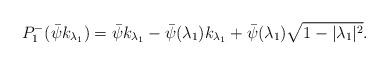
LaTeX: \begin{align*}P^{-}_{1}(\bar{\psi}k_{{\lambda}_{1}})=\bar{\psi}k_{{\lambda}_{1}}-\bar{\psi}({\lambda}_{1})k_{{\lambda}_{1}}+\bar{\psi}({\lambda}_{1})\sqrt{1-|{\lambda}_{1}|^{2}}.\end{align*}